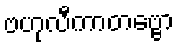
ဗဟုလီကာတဗ္ဗော